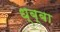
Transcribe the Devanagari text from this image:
ध्ब्बा